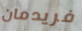
فريدمان